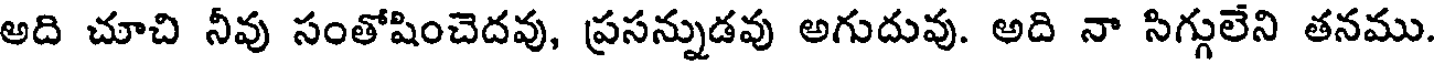
అది చూచి నీవు సంతోషించెదవు, ప్రసన్నుడవు అగుదువు. అది నా సిగ్గులేని తనము.